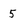
Character: 5